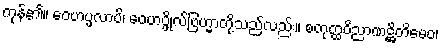
ကုန်၏။ ဝေဟပ္ဖလာပိ၊ ဝေဟပ္ဖိုလ်ဗြဟ္မာတို့သည်လည်း။ စတုတ္ထဝိညာဏဋ္ဌိတိမေဝ၊